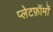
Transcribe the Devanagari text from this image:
प्लेटफ़ॉर्मों